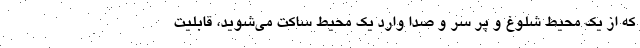
که از یک محیط شلوغ و پر سر و صدا وارد یک محیط ساکت می‌شوید، قابلیت